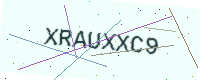
Text: XRAUXXC9